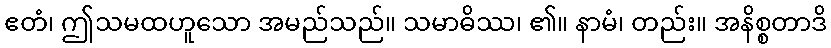
ဧတံ၊ ဤသမထဟူသော အမည်သည်။ သမာဓိဿ၊ ၏။ နာမံ၊ တည်း။ အနိစ္စတာဒိ